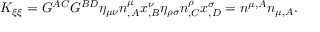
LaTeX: K _ { \xi \xi } = G ^ { A C } G ^ { B D } \eta _ { \mu \nu } n _ { , A } ^ { \mu } x _ { , B } ^ { \nu } \eta _ { \rho \sigma } n _ { , C } ^ { \rho } x _ { , D } ^ { \sigma } = n ^ { \mu , A } n _ { \mu , A } .